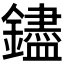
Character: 𬬗